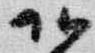
頭